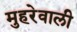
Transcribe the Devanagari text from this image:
मुहरेवाली